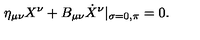
\eta _ { \mu \nu } X ^ { \nu } + B _ { \mu \nu } \dot { X } ^ { \nu } | _ { \sigma = 0 , \pi } = 0 .